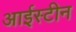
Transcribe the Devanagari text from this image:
आईस्टीन